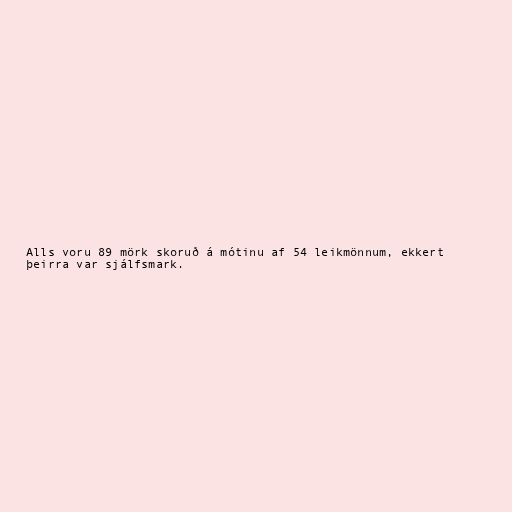
Alls voru 89 mörk skoruð á mótinu af 54 leikmönnum, ekkert
þeirra var sjálfsmark.